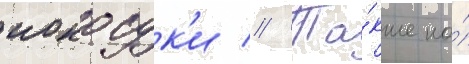
иокосук'и // Та́кже на́